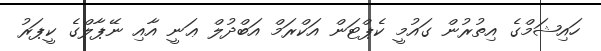
ހައިޝަމްގެ އިތުރުން ގައުމީ ކެޕްޓަން އަކްރަމް އަބްދުލް ޢަނީ އާއި ނޭޕާލްގެ ކީޕަރު